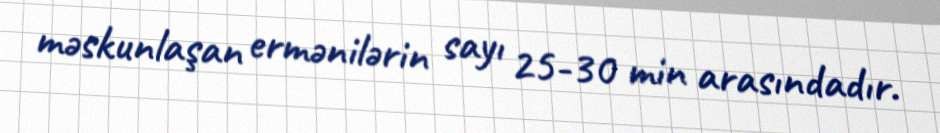
məskunlaşan ermənilərin sayı 25-30 min arasındadır.